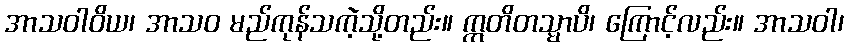
အာသဝါဝိယ၊ အာသဝ မည်ကုန်သကဲ့သို့တည်း။ ဣတိတသ္မာပိ၊ ကြောင့်လည်း။ အာသဝါ၊